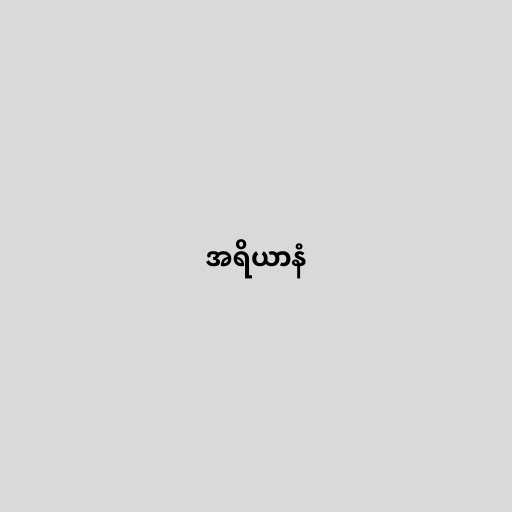
အရိယာနံ